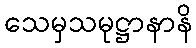
သေမှသမုဋ္ဌာနာနိ